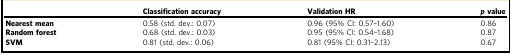
|  | Classification accuracy | Validation HR | p value |
 | --- | --- | --- | --- |
 | Nearest mean | 0.58 (std. dev.: 0.07) | 0.96 (95% CI: 0.57–1.60) | 0.86 |
 | Random forest | 0.68 (std. dev.: 0.03) | 0.95 (95% CI: 0.54–1.68) | 0.87 |
 | SVM | 0.81 (std. dev.: 0.06) | 0.81 (95% CI: 0.31–2.13) | 0.67 |